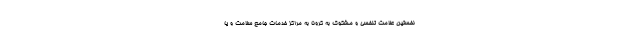
نخستین علامت تنفسی و مشکوک به کرونا به مراکز خدمات جامع سلامت و یا